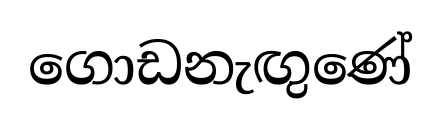
ගොඩනැඟුණේ